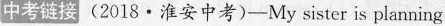
中考链接 (2018·淮安中考)-My sister is planning